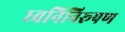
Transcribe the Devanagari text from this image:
ध्वनिनिरूपण